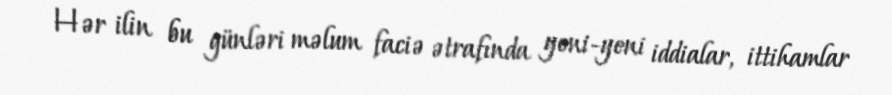
Hər ilin bu günləri məlum faciə ətrafında yeni-yeni iddialar, ittihamlar